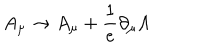
A _ { \mu } \to A _ { \mu } + \frac { 1 } { e } \partial _ { \mu } \Lambda